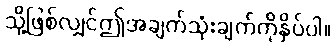
သို့ဖြစ်လျှင်ဤအချက်သုံးချက်ကိုနှိပ်ပါ။